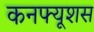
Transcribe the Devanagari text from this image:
कनफ्यूशस